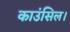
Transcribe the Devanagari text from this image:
काउंसिल।